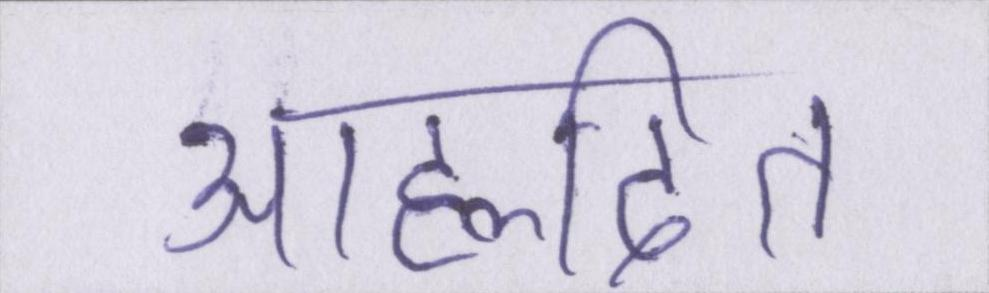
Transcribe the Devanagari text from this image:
आह्लादित